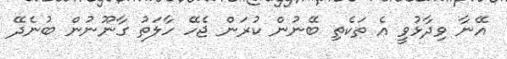
އޭނާ ވިދާޅުވީ އެ ތަކެތި ބޭނުން ކުރަން ޖެހޭ ހާލަތު ގާނޫނުން ބުނެދޭ